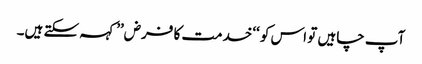
آپ چاہیں تو اس کو ‘‘خدمت کا فرض’’ کہہ سکتے ہیں۔